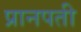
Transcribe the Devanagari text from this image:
प्रानपती